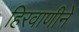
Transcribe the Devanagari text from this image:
हिरवाणीने